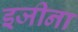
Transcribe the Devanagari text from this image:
इजीना